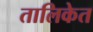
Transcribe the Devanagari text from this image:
तालिकेत